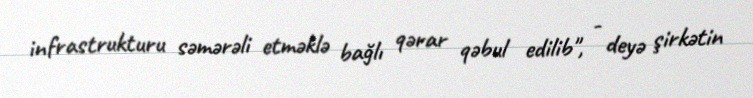
infrastrukturu səmərəli etməklə bağlı qərar qəbul edilib", - deyə şirkətin